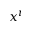
x ^ { i }